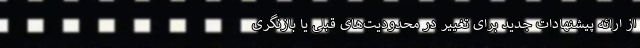
از ارائه پیشنهادات جدید برای تغییر در محدودیت‌های قبلی یا بازنگری